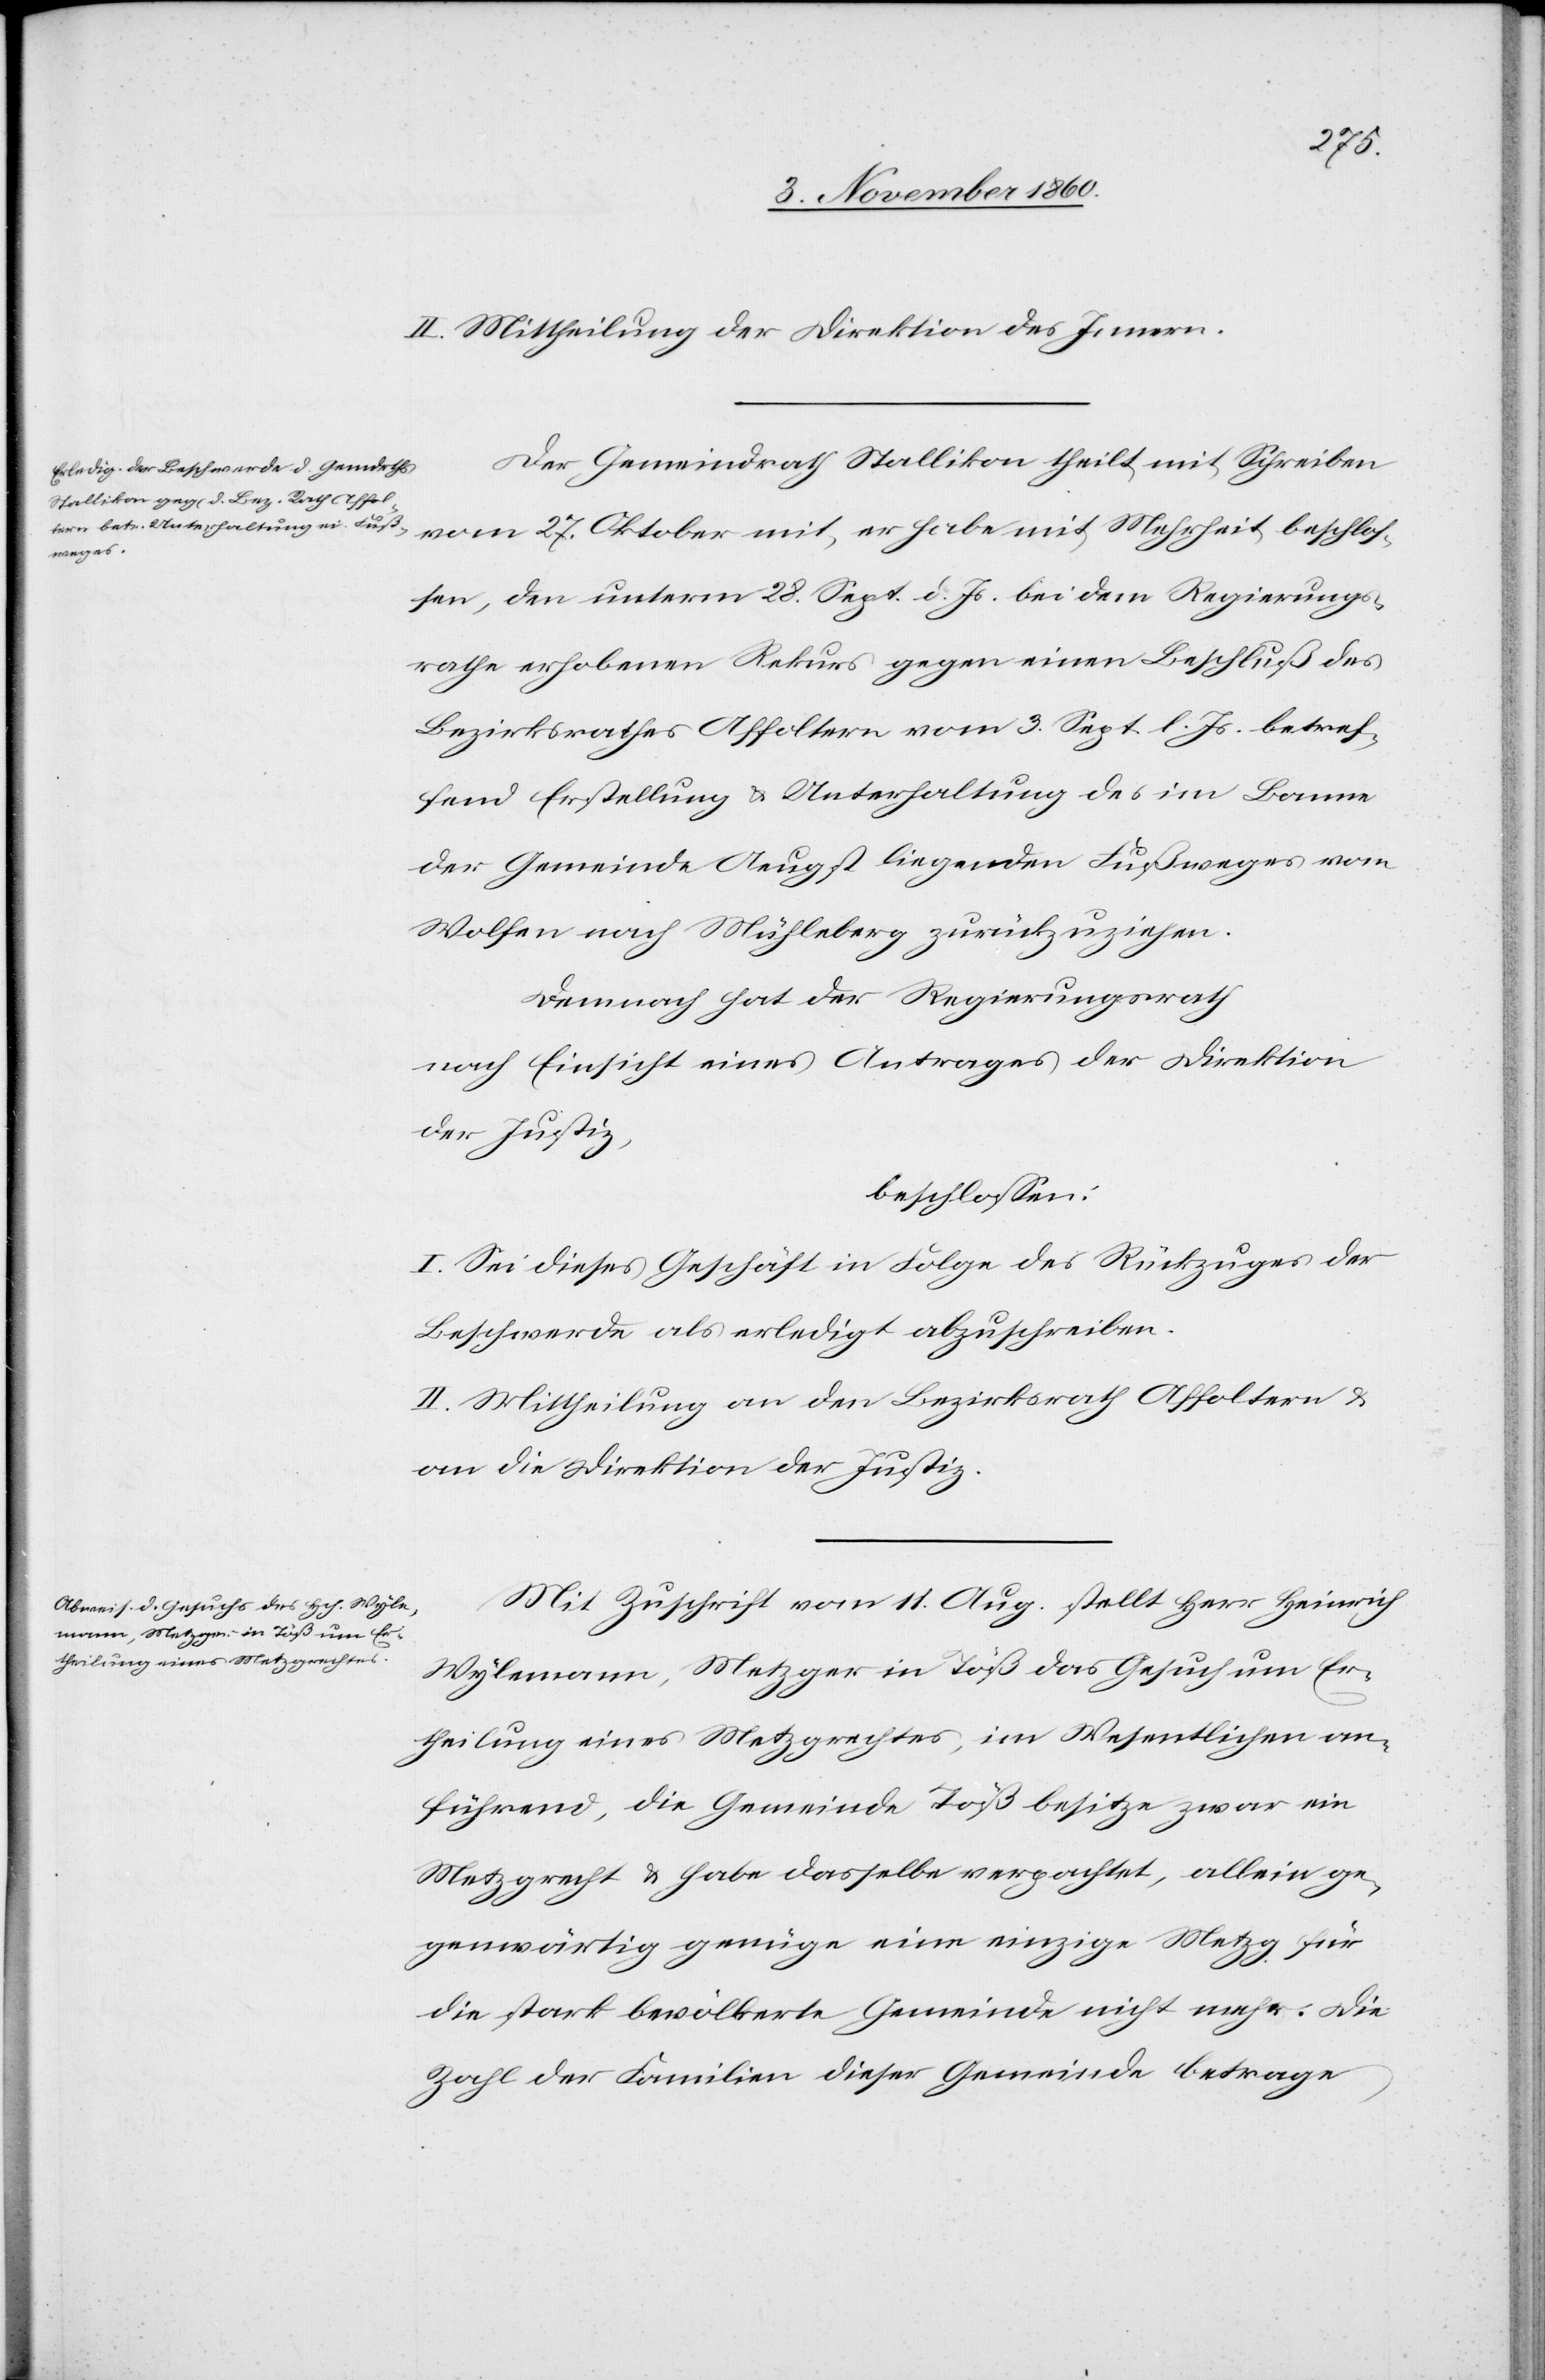
II. Mittheilung der Direktion des Innern.
Der Gemeindrath Stallikon theilt mit Schreiben
vom 27. Oktober mit, er habe mit Mehrheit beschlos¬
sen, den unterm 28. Sept. d. Js. bei dem Regierungs¬
rathe erhobenen Rekurs gegen einen Beschluß des
Bezirksrathes Affoltern vom 3. Sept. l. Js. betref¬
fend Erstellung u. Unterhaltung des im Banne
der Gemeinde Aeugst liegenden Fußweges von
Wolfen nach Mühleberg zurückzuziehen.
Demnach hat der Regierungsrath
nach Einsicht eines Antrages der Direktion
der Justiz,
beschlossen:
I. Sei dieses Geschäft in Folge des Rückzuges der
Beschwerde als erledigt abzuschreiben.
II. Mittheilung an den Bezirksrath Affoltern u.
an die Direktion der Justiz.
Mit Zuschrift vom 11. Aug. stellt Herr Heinrich
Wylemann, Metzger in Töß das Gesuch um Er¬
theilung eines Metzgrechtes, im Wesentlichen an¬
führend, die Gemeinde Töß besitze zwar ein
Metzgrecht u. habe dasselbe verpachtet, allein ge¬
genwärtig genüge eine einzige Metzg für
die stark bevölkerte Gemeinde nicht mehr. Die
Zahl der Familien dieser Gemeinde betrage